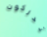
تدركون